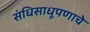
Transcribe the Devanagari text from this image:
संधिसाधूपणाचे